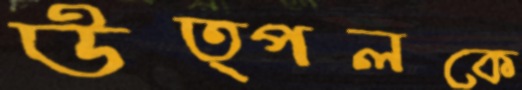
উত্পলকে